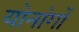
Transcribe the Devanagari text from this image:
योनांगों